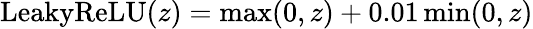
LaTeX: {\textrm{LeakyReLU}}(z)=\operatorname*{max}(0,z)+0.01\operatorname*{min}(0,z)